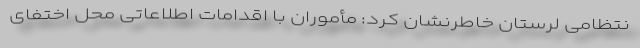
نتظامی لرستان خاطرنشان کرد: مأموران با اقدامات اطلاعاتی محل اختفای